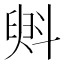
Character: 斞